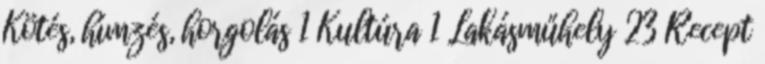
Kötés, hímzés, horgolás 1 Kultúra 1 Lakásműhely 23 Recept